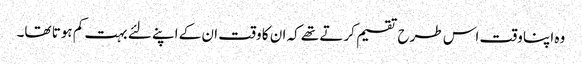
وہ اپنا وقت اس طرح تقسیم کرتے تھے کہ ان کا وقت ان کے اپنے لئے بہت کم ہوتا تھا۔